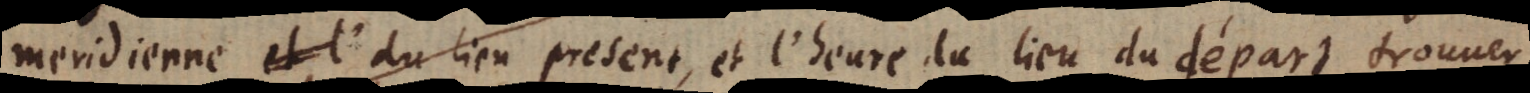
meridienne et l’ du lieu present, et l’heure du lieu du départ trouuer